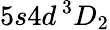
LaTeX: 5s4d\, ^{3}D_{2}